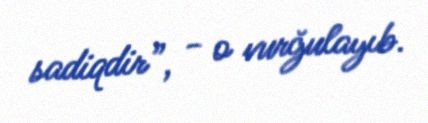
sadiqdir”, - o vurğulayıb.